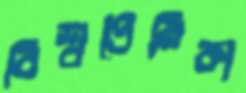
বিশ্বপ্রেমিকা